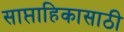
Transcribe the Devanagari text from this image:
साप्ताहिकासाठी